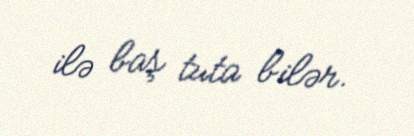
ilə baş tuta bilər.